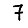
Digit: 7